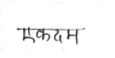
मजकूर: एकदम